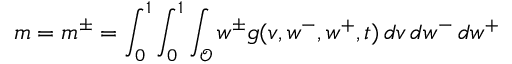
m = m ^ { \pm } = \int _ { 0 } ^ { 1 } \int _ { 0 } ^ { 1 } \int _ { \mathcal { O } } w ^ { \pm } g ( v , w ^ { - } , w ^ { + } , t ) \, d v \, d w ^ { - } \, d w ^ { + }